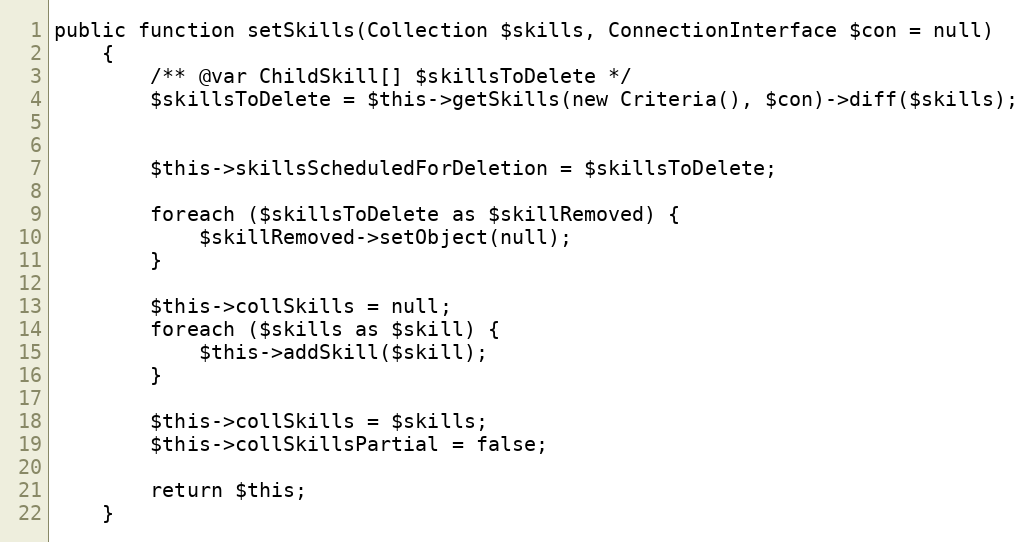
Language: PHP
public function setSkills(Collection $skills, ConnectionInterface $con = null)
    {
        /** @var ChildSkill[] $skillsToDelete */
        $skillsToDelete = $this->getSkills(new Criteria(), $con)->diff($skills);

        $this->skillsScheduledForDeletion = $skillsToDelete;

        foreach ($skillsToDelete as $skillRemoved) {
            $skillRemoved->setObject(null);
        }

        $this->collSkills = null;
        foreach ($skills as $skill) {
            $this->addSkill($skill);
        }

        $this->collSkills = $skills;
        $this->collSkillsPartial = false;

        return $this;
    }